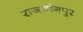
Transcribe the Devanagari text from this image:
राजगांगपुर